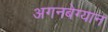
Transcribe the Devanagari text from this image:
अगनबेग्यान